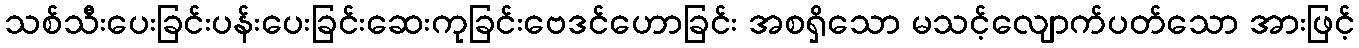
သစ်သီးပေးခြင်းပန်းပေးခြင်းဆေးကုခြင်းဗေဒင်ဟောခြင်း အစရှိသော မသင့်လျောက်ပတ်သော အားဖြင့်